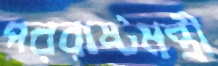
পররাষ্টমন্ত্রী